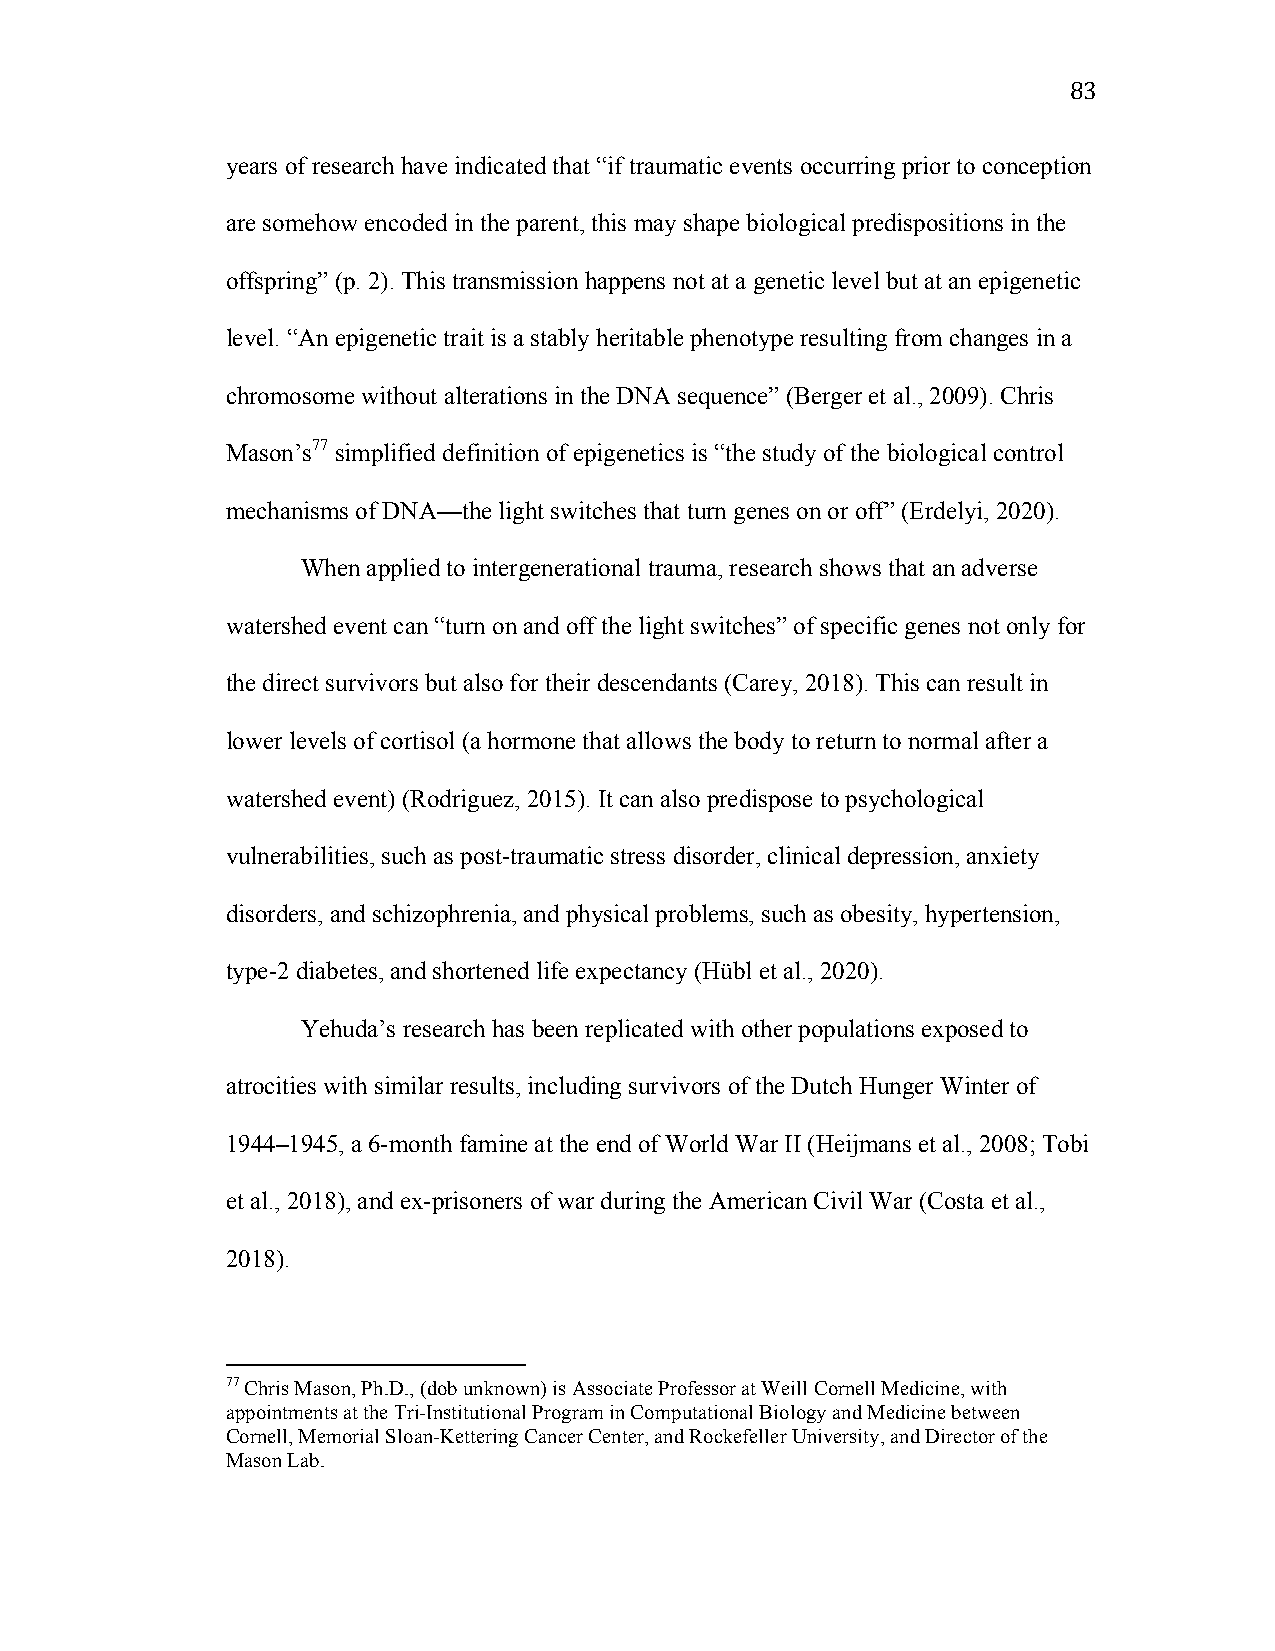
83
 years of research have indicated that “if traumatic events occurring prior to conception
 are somehow encoded in the parent, this may shape biological predispositions in the
 offspring” (p. 2). This transmission happens not at a genetic level but at an epigenetic
 level. “An epigenetic trait is a stably heritable phenotype resulting from changes in a
 chromosome without alterations in the DNA sequence” (Berger et al., 2009). Chris
 Mason’s77 simplified definition of epigenetics is “the study of the biological control
 mechanisms of DNA—the light switches that turn genes on or off” (Erdelyi, 2020).
 When applied to intergenerational trauma, research shows that an adverse
 watershed event can “turn on and off the light switches” of specific genes not only for
 the direct survivors but also for their descendants (Carey, 2018). This can result in
 lower levels of cortisol (a hormone that allows the body to return to normal after a
 watershed event) (Rodriguez, 2015). It can also predispose to psychological
 vulnerabilities, such as post-traumatic stress disorder, clinical depression, anxiety
 disorders, and schizophrenia, and physical problems, such as obesity, hypertension,
 type-2 diabetes, and shortened life expectancy (Hübl et al., 2020).
 Yehuda’s research has been replicated with other populations exposed to
 atrocities with similar results, including survivors of the Dutch Hunger Winter of
 1944–1945, a 6-month famine at the end of World War II (Heijmans et al., 2008; Tobi
 et al., 2018), and ex-prisoners of war during the American Civil War (Costa et al.,
 2018).
 77 Chris Mason, Ph.D., (dob unknown) is Associate Professor at Weill Cornell Medicine, with
 appointments at the Tri-Institutional Program in Computational Biology and Medicine between
 Cornell, Memorial Sloan-Kettering Cancer Center, and Rockefeller University, and Director of the
 Mason Lab.